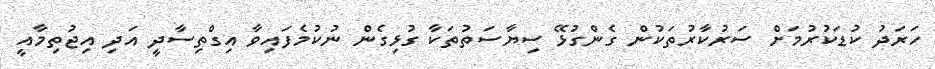
ހަރަދު ކުޑަކުރުމަށް ސަރުކާރުތަކުން ގެންގުޅޭ ސިޔާސަތުތަކާ ގުޅިގެން ނުކުމެފައިވާ އިގްތިސާދީ އަދި އިޖުތިމާއީ